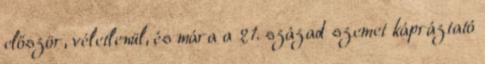
először, véletlenül, és mára a 21. század szemet kápráztató